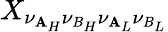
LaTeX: X_{\nu_{\mathbf{A}_{H}}\nu_{B_{H}}\nu_{\mathbf{A}_{L}}\nu_{B_{L}}}